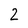
Character: 2